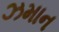
ઝમાન